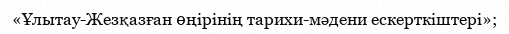
«Ұлытау-Жезқазған өңірінің тарихи-мәдени ескерткіштері»;